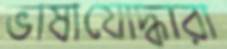
ভাষাযোদ্ধারা